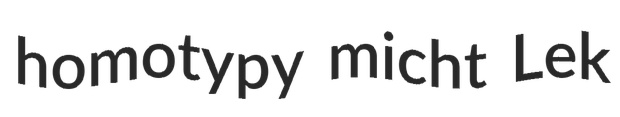
homotypy micht Lek